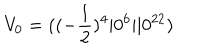
LaTeX: V _ { 0 } = ( ( - { \frac { 1 } { 2 } } ) ^ { 4 } \vert 0 ^ { 6 } \vert \vert 0 ^ { 2 2 } )